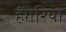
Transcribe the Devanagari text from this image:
हंगेरिया